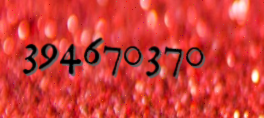
394670370